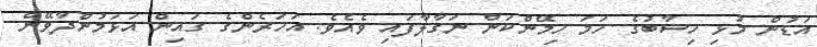
އަޑުން މުޅި ހިސާބުގެ ހަމަ ހިމޭންކަން ނަގާލާފައި ވެއެވެ. އަހަރެންގެ ގައިން އަޅަމުންދާވޭން